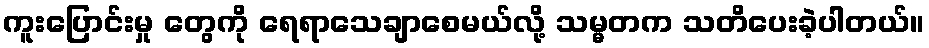
ကူးပြောင်းမှု တွေကို ရေရာသေချာစေမယ်လို့ သမ္မတက သတိပေးခဲ့ပါတယ်။